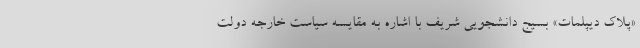
«پلاک دیپلمات» بسیج دانشجویی شریف با اشاره به مقایسه سیاست خارجه دولت